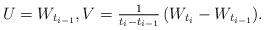
LaTeX: \begin{align*}U=W_{t_{i-1}}, V=\tfrac{1}{t_i-t_{i-1}}\,(W_{t_i}-W_{t_{i-1}}).\end{align*}